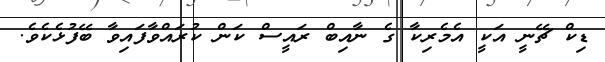
ޑިކް ޗޭނީ އަކީ އެމެރިކާ ގެ ނާއިބް ރައީސް ކަން ކުރައްވާފައިވާ ބޭފުޅެކެވެ.